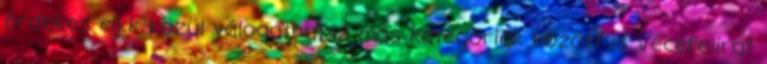
érdekes cikk közül válogathatsz más kategóriák között is Vécéfelirat